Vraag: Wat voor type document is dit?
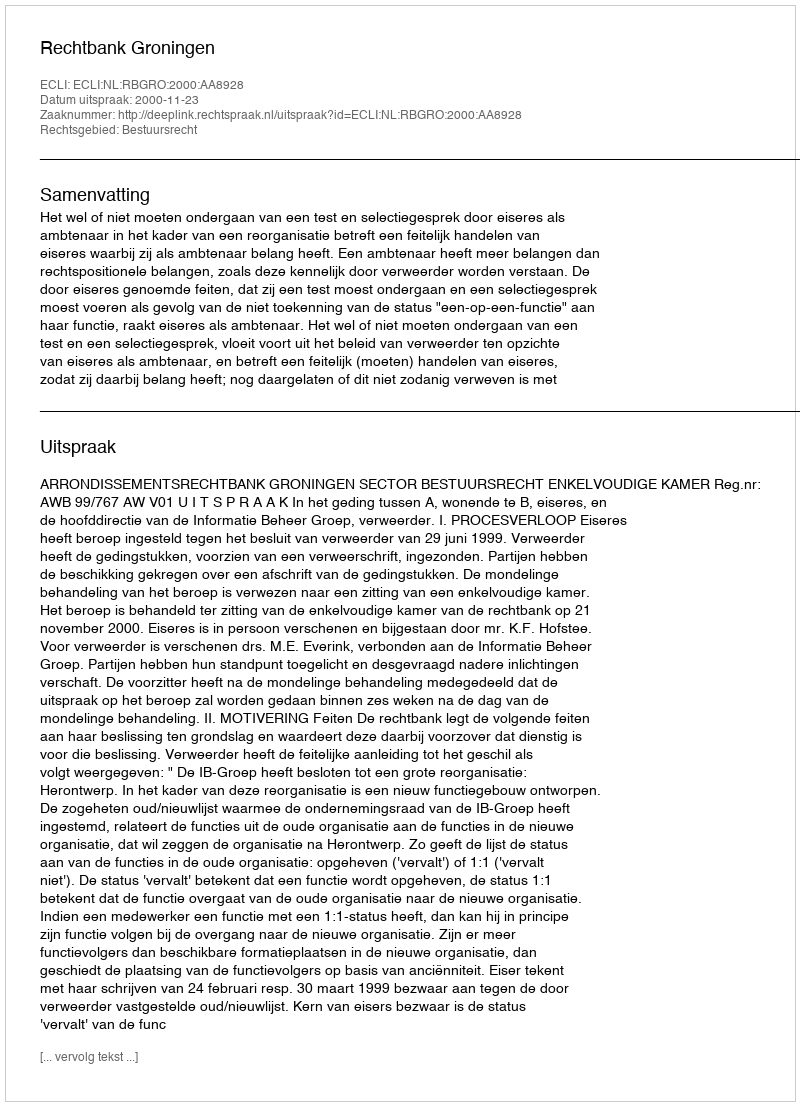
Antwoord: Uitspraak